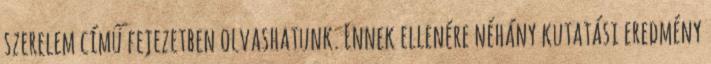
szerelem című fejezetben olvashatunk. Ennek ellenére néhány kutatási eredmény